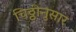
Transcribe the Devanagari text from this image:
चिठ्ठीनुसार